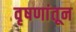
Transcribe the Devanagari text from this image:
वृषणांतून